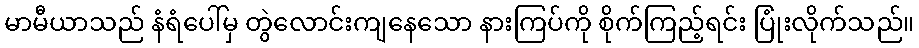
မာမီယာသည် နံရံပေါ်မှ တွဲလောင်းကျနေသော နားကြပ်ကို စိုက်ကြည့်ရင်း ပြုံးလိုက်သည်။